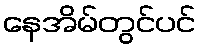
နေအိမ်တွင်ပင်